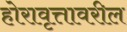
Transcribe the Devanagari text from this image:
होरावृत्तावरील